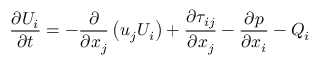
\frac { \partial { { U } _ { i } } } { \partial t } = - \frac { \partial } { \partial { { x } _ { j } } } \left( { { u } _ { j } } { { U } _ { i } } \right) + \frac { \partial { { \tau } _ { i j } } } { \partial { { x } _ { j } } } - \frac { \partial p } { \partial { { x } _ { i } } } - { { Q } _ { i } }